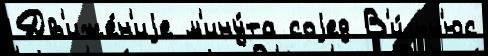
Дв'иже́н'иjе м'ину́та соjед В'и́льн'юс